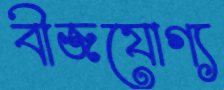
বীজযোগ্য